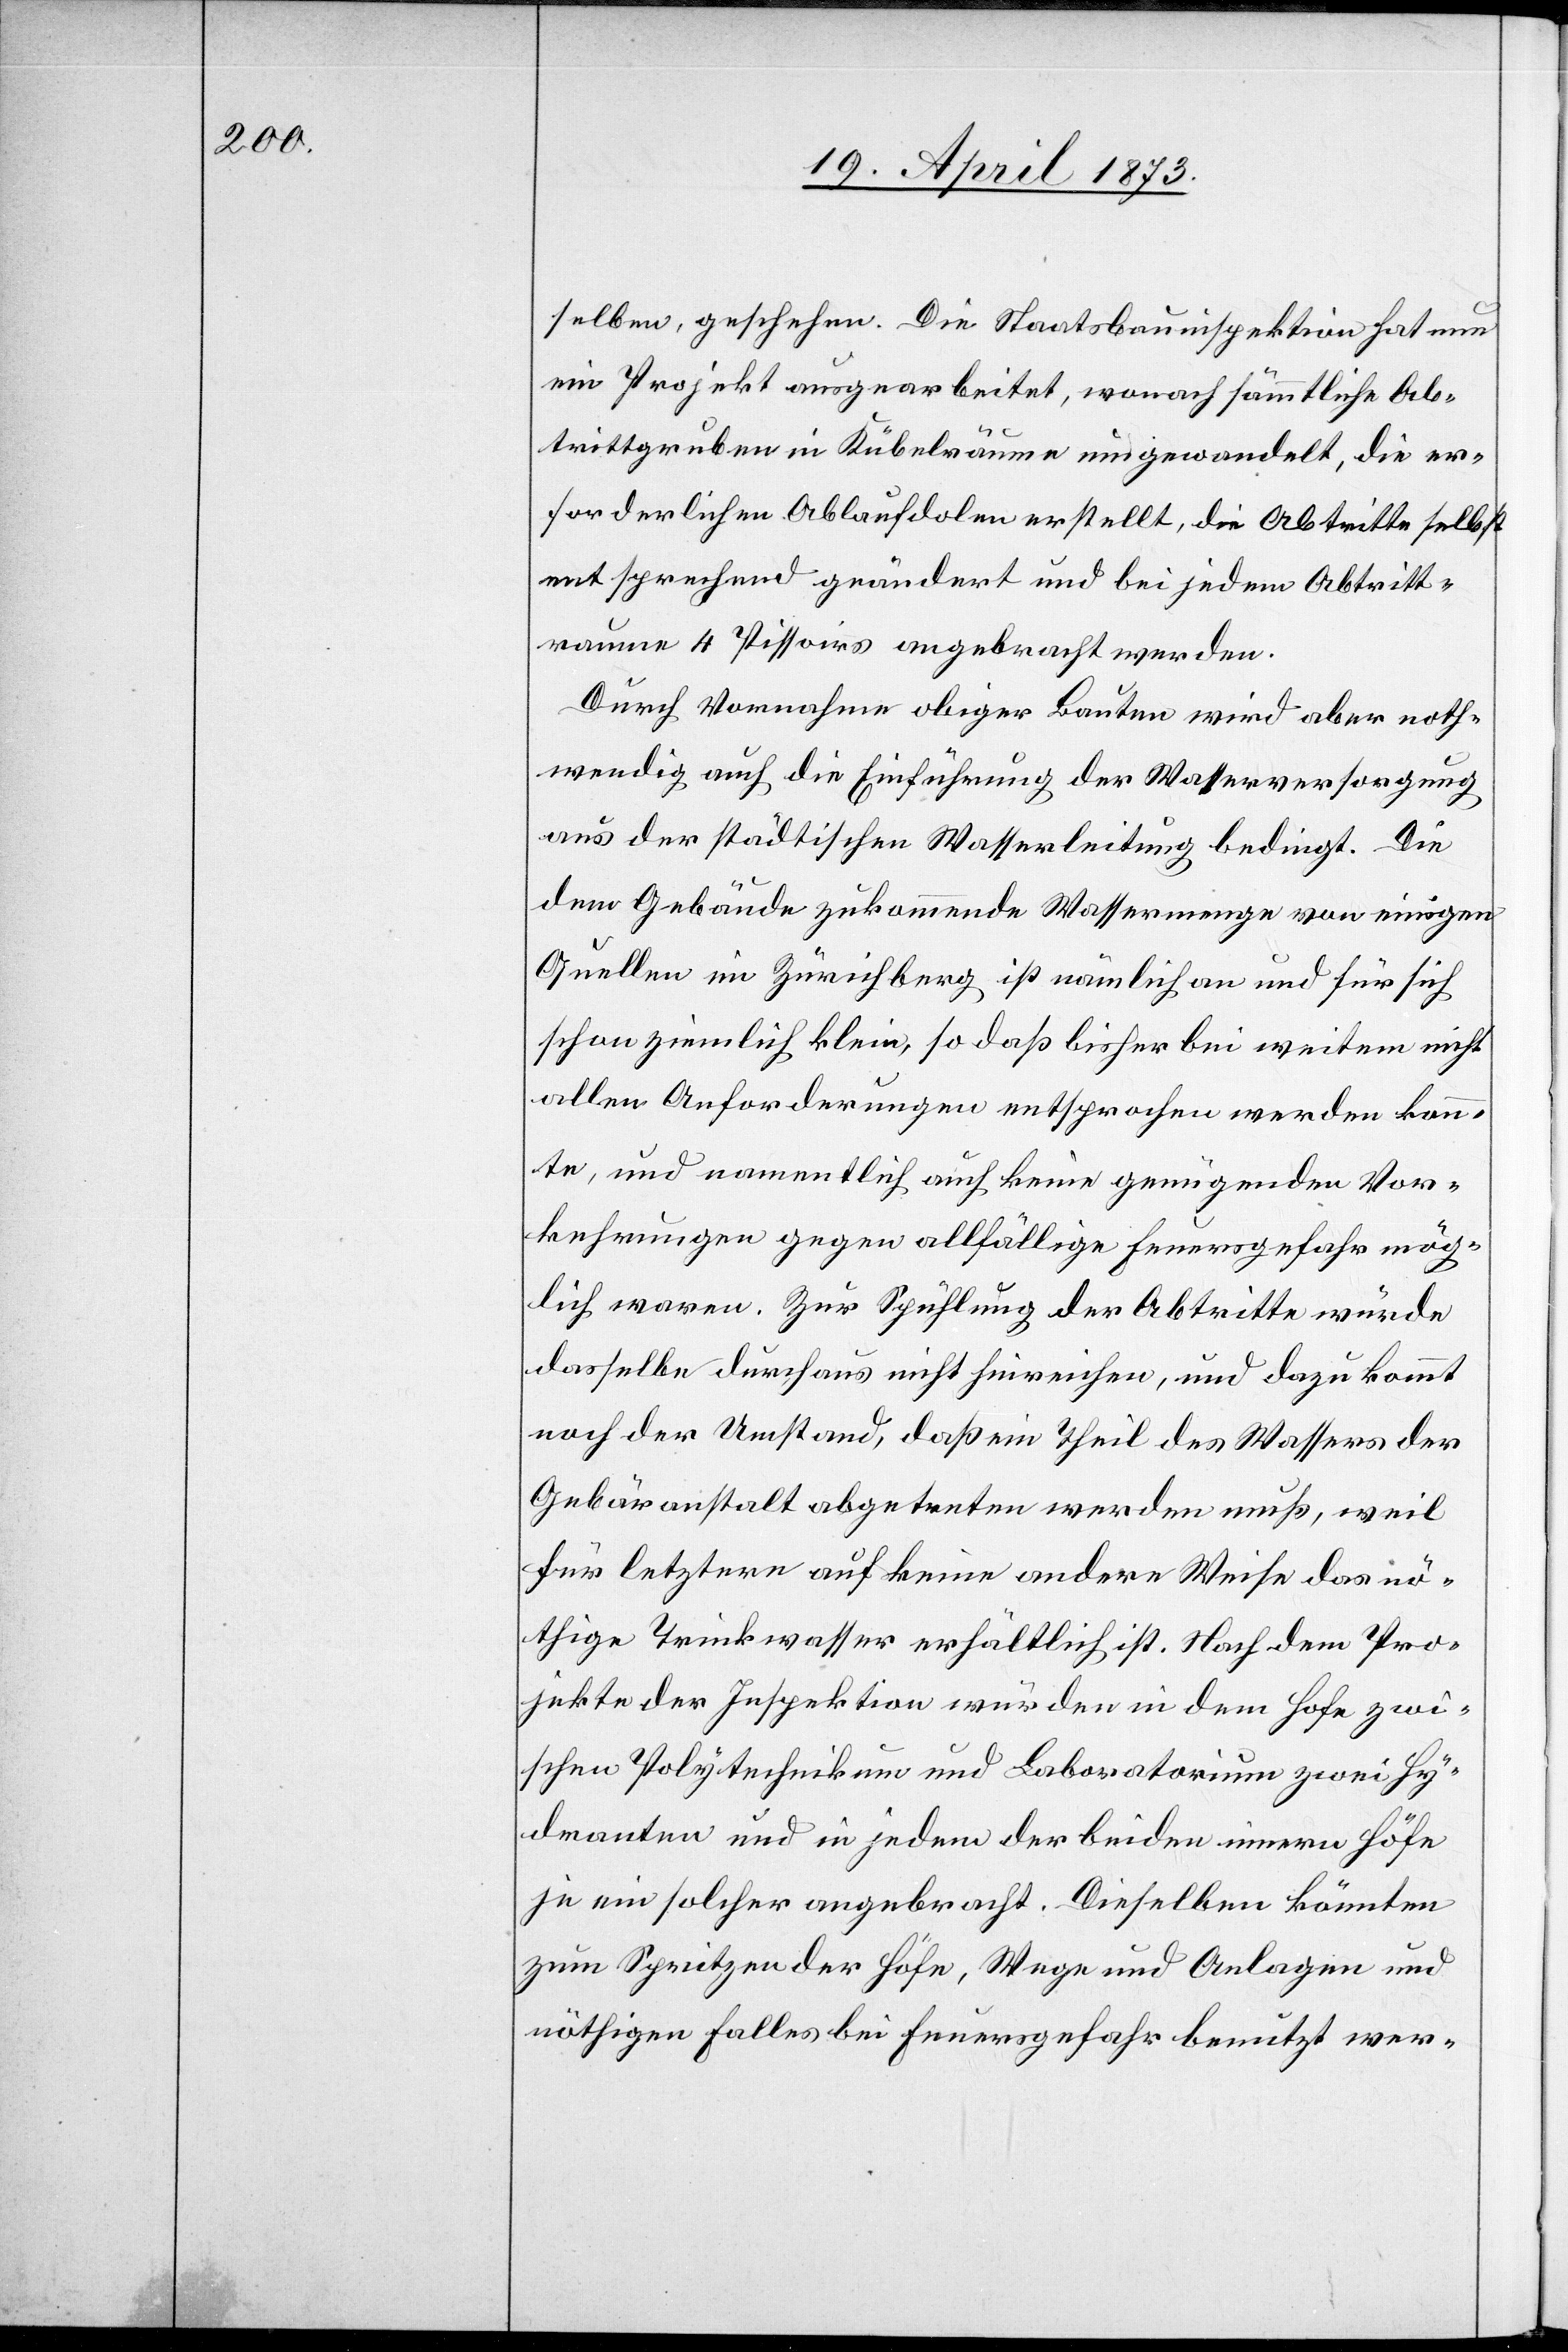
selben, geschehen. Die Staatsbauinspektion hat nun
ein Projekt ausgearbeitet, wonach sämmtliche Ab¬
trittgruben in Kübelräume umgewandelt, die er¬
forderlichen Ablaufdolen erstellt, die Abtritte selbst
entsprechend geändert und bei jedem Abtritt¬
raum 4 Pissoirs angebracht werden.
Durch Vornahme obiger Bauten wird aber noth¬
wendig auch die Einführung der Wasserversorgung
aus der städtischen Wasserleitung bedingt. Die
dem Gebäude zukommende Wassermenge von einigen
Quellen im Zürichberg ist nämlich an und für sich
schon ziemlich klein, so daß bisher bei weitem nicht
allen Anforderungen entsprochen werden konn¬
te, und namentlich auch keine genügenden Vor¬
kehrungen gegen allfällige Feuersgefahr mög¬
lich waren. Zur Spühlung der Abtritte würde
dasselbe durchaus nicht hinreichen, und dazu kommt
noch der Umstand, daß ein Theil des Wassers der
Gebäranstalt abgetreten werden muß, weil
für letztere auf keine andere Weise das nö¬
thige Trinkwasser erhältlich ist. Nach dem Pro¬
jekte der Inspektion würden in dem Hofe zwi¬
schen Polytechnikum und Laboratorium zwei Hy¬
dranten und in jedem der beiden innern Höfe
je ein solcher angebracht. Dieselben könnten
zum Spritzen der Höfe, Wege und Anlagen und
nöthigen Falles bei Feuersgefahr benützt wer-